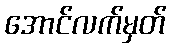
အောင်လက်မှတ်